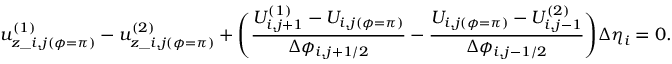
u _ { z \_ i , j ( \phi = \pi ) } ^ { ( 1 ) } - u _ { z \_ i , j ( \phi = \pi ) } ^ { ( 2 ) } + \Biggl ( \frac { U _ { i , j + 1 } ^ { ( 1 ) } - U _ { i , j ( \phi = \pi ) } } { \Delta \phi _ { i , j + 1 / 2 } } - \frac { U _ { i , j ( \phi = \pi ) } - U _ { i , j - 1 } ^ { ( 2 ) } } { \Delta \phi _ { i , j - 1 / 2 } } \Biggr ) \Delta \eta _ { i } = 0 .